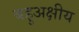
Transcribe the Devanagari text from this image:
बहुअक्षीय